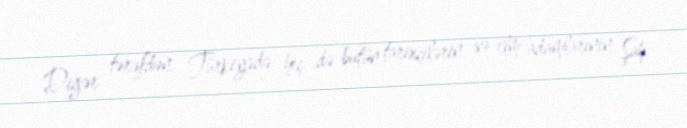
Digər tərəfdən, Türkiyədə heç də bütün tarixçilərin və elm adamlarının Şah